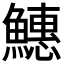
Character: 𬵪